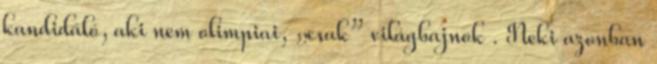
kandidáló, aki nem olimpiai, „csak” világbajnok . Neki azonban